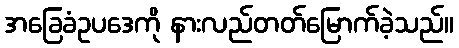
အခြေခံဥပဒေကို နားလည်တတ်မြောက်ခဲ့သည်။